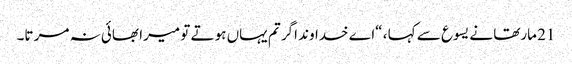
21 مارتھا نے یسوع سے کہا ، “اے خداوند اگر تم یہاں ہو تے تو میرا بھائی نہ مر تا۔